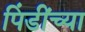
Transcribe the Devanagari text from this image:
पिंडींच्या